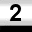
Digit: 2